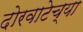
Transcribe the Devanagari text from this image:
दोरवाटेच्या